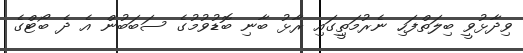
ވިދާޅުވީ ބިލަތްފަހި ނެރުމަތިީގައި ރާޅު ބާނި ބޮޑުވުމުގެ ސަބަބުން އެ ދެ ބޯޓްގެ